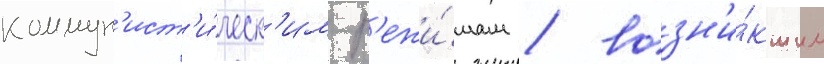
коммун'ист'и́ческ'им р'ежи́мам / возн'и́кшим